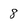
Character: 8